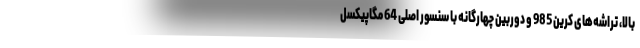
بالا، تراشه‌های کرین 985 و دوربین چهارگانه با سنسور اصلی 64 مگاپیکسل